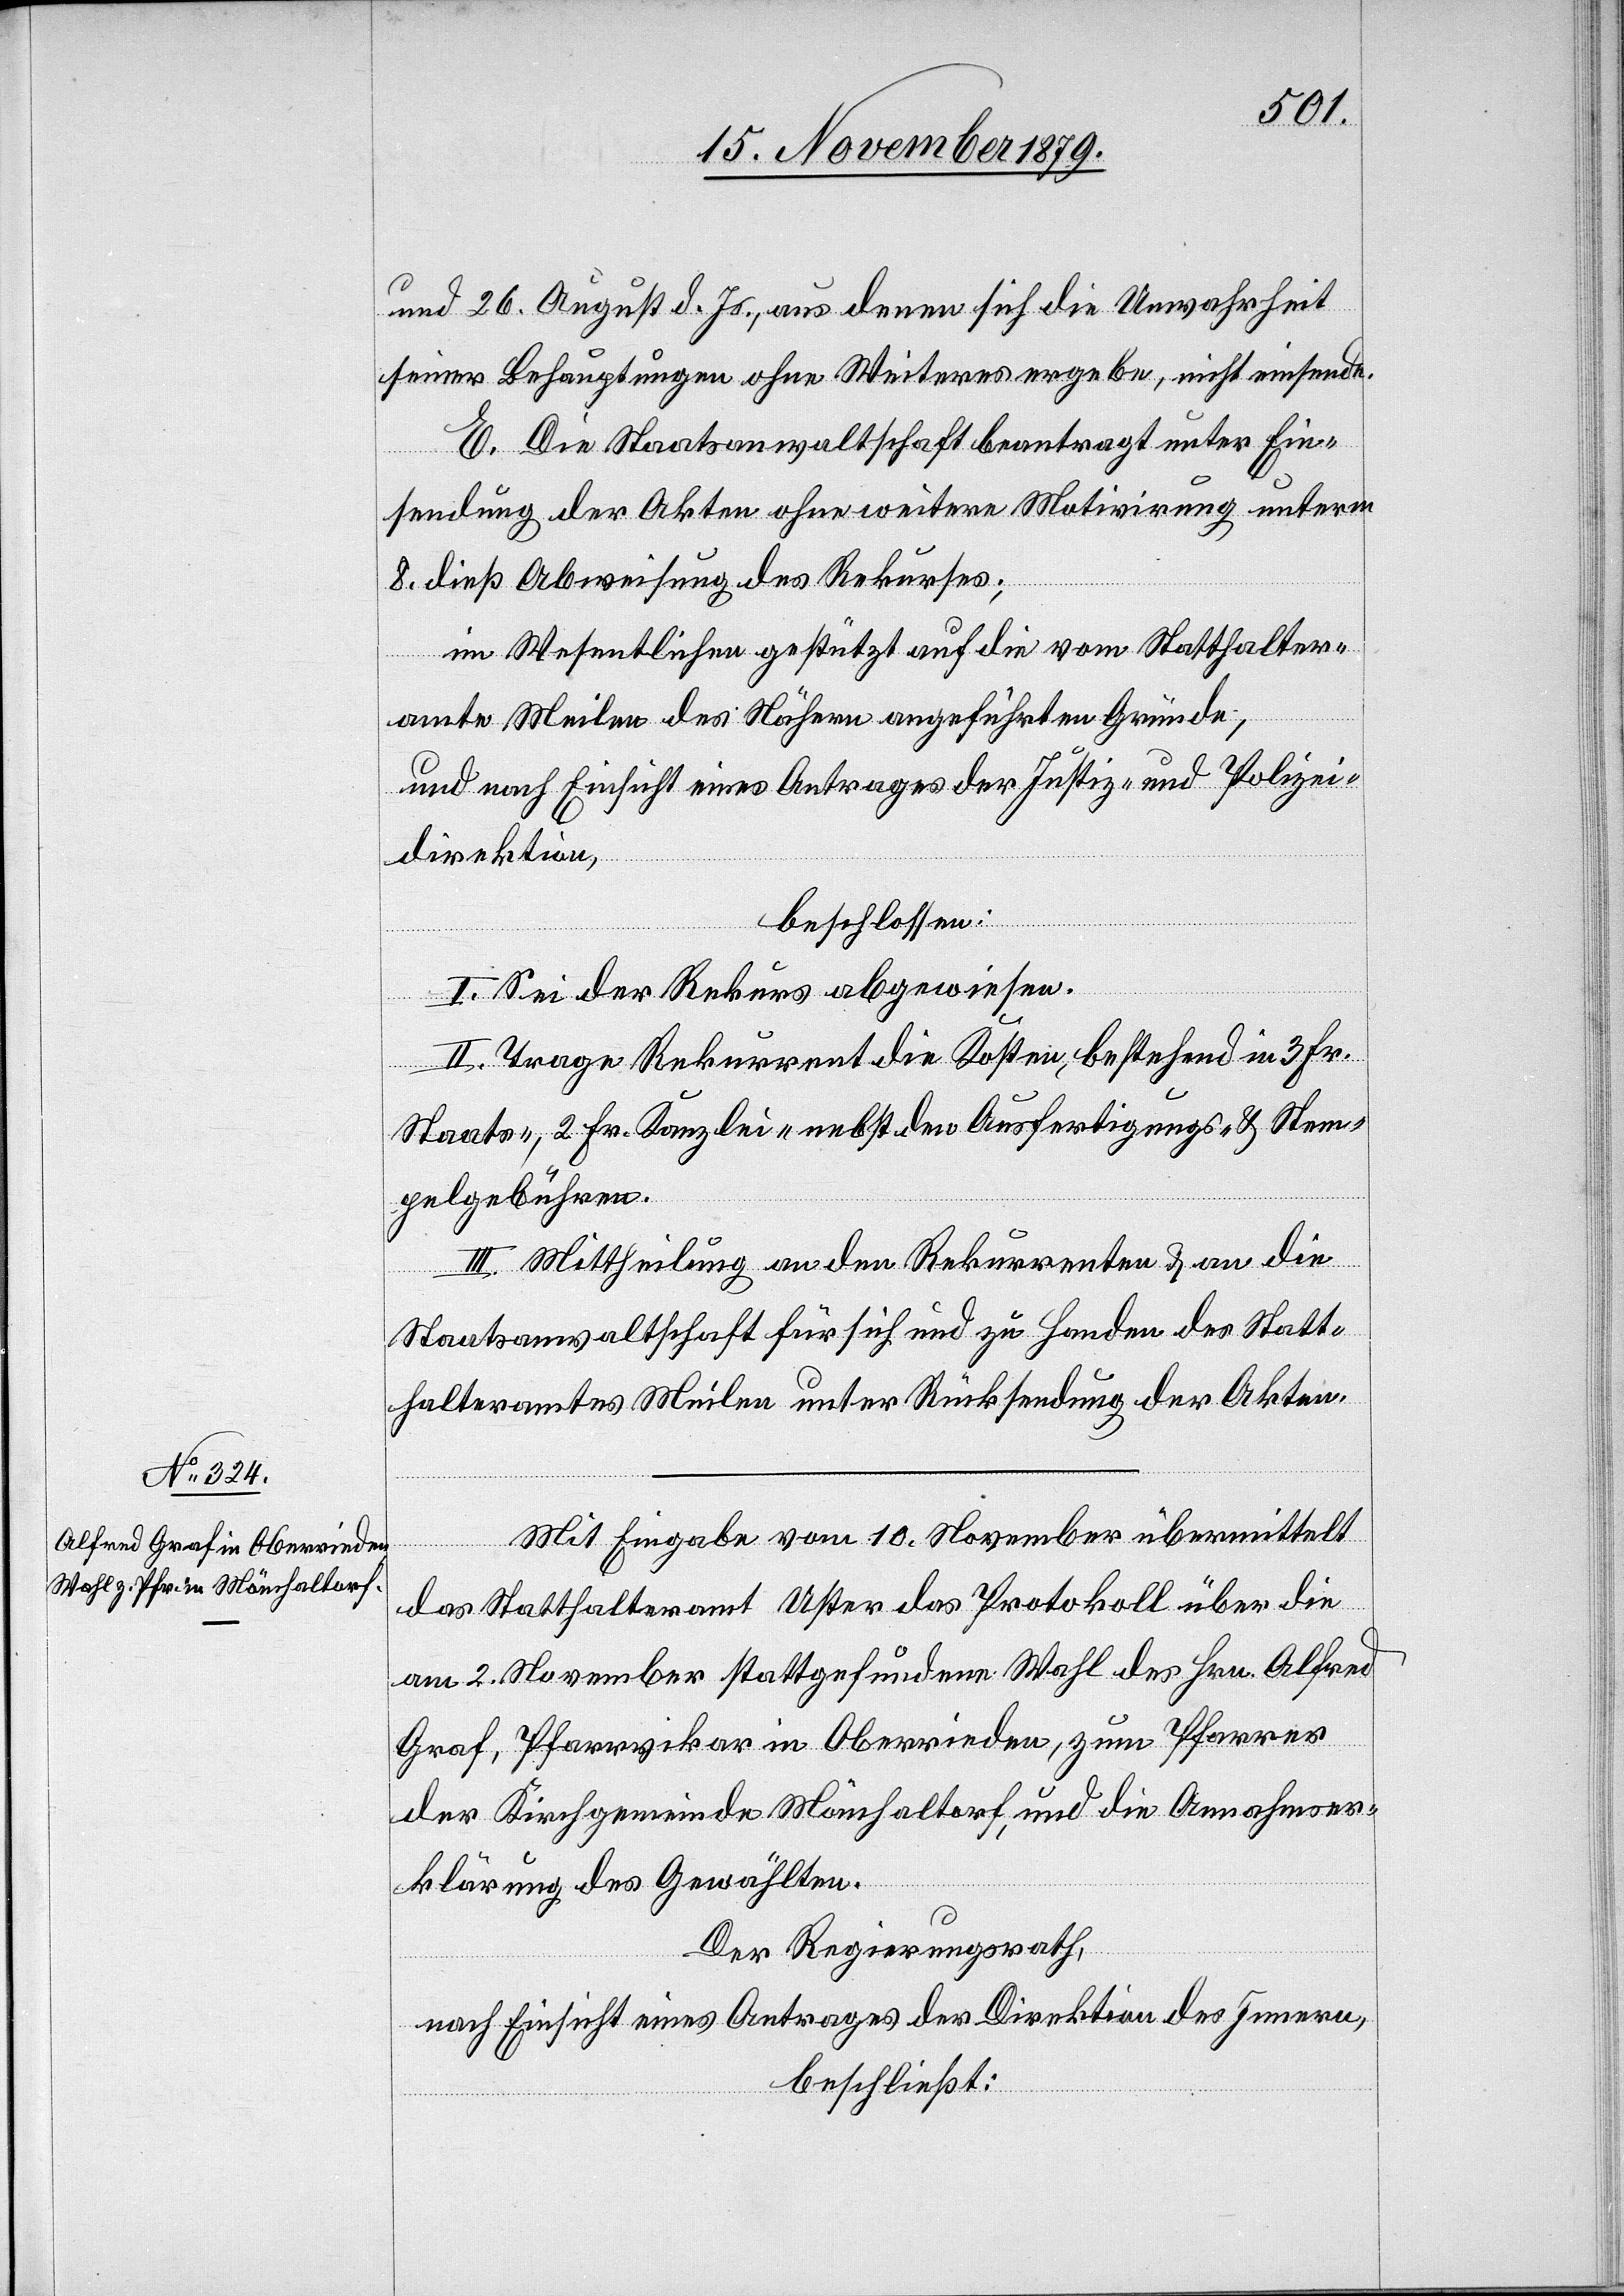
und 26. August d. Js., aus denen sich die Unwahrheit
seiner Behauptungen ohne Weiteres ergebe, nicht einsende.
E. Die Staatsanwaltschaft beantragt unter Ein¬
sendung der Akten ohne weitere Motivirung unterm
8. dieß Abweisung des Rekurses;
im Wesentlichen gestützt auf die vom Statthalter¬
amte Meilen des Nähern angeführten Gründe,
und nach Einsicht eines Antrages der Justiz- & Polizei¬
direktion,
beschlossen:
I. Sei der Rekurs abgewiesen.
II. Trage Rekurrent die Kosten, bestehend in 3 Fr.
Staats-, 2 Fr. Kanzlei- nebst den Ausfertigungs- & Stem¬
pelgebühren.
III. Mittheilung an den Rekurrenten & an die
Staatsanwaltschaft für sich und zu Handen des Statt¬
halteramtes Meilen unter Rücksendung der Akten.
Mit Eingabe vom 10. November übermittelt
das Statthalteramt Uster das Protokoll über die
am 2. November stattgefundene Wahl des Hrn. Alfred
Graf, Pfarrvikar in Oberrieden, zum Pfarrer
der Kirchgemeinde Mönchaltorf, und die Annahmser¬
klärung des Gewählten.
Der Regierungsrath,
nach Einsicht eines Eintrages der Direktion des Innern,
beschließt: